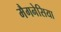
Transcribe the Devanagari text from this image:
मैगनेसिया